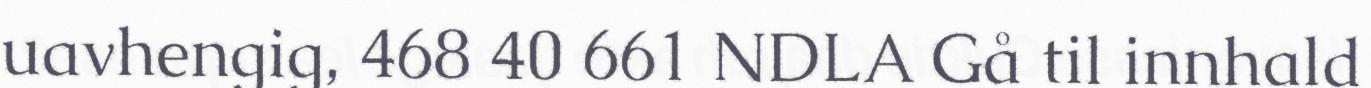
uavhengig, 468 40 661 NDLA Gå til innhald